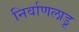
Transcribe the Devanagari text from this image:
निर्वाणलाडू